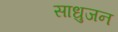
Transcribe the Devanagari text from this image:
साधुजन